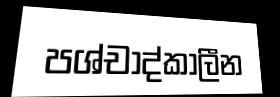
පශ්චාද්කාලීන